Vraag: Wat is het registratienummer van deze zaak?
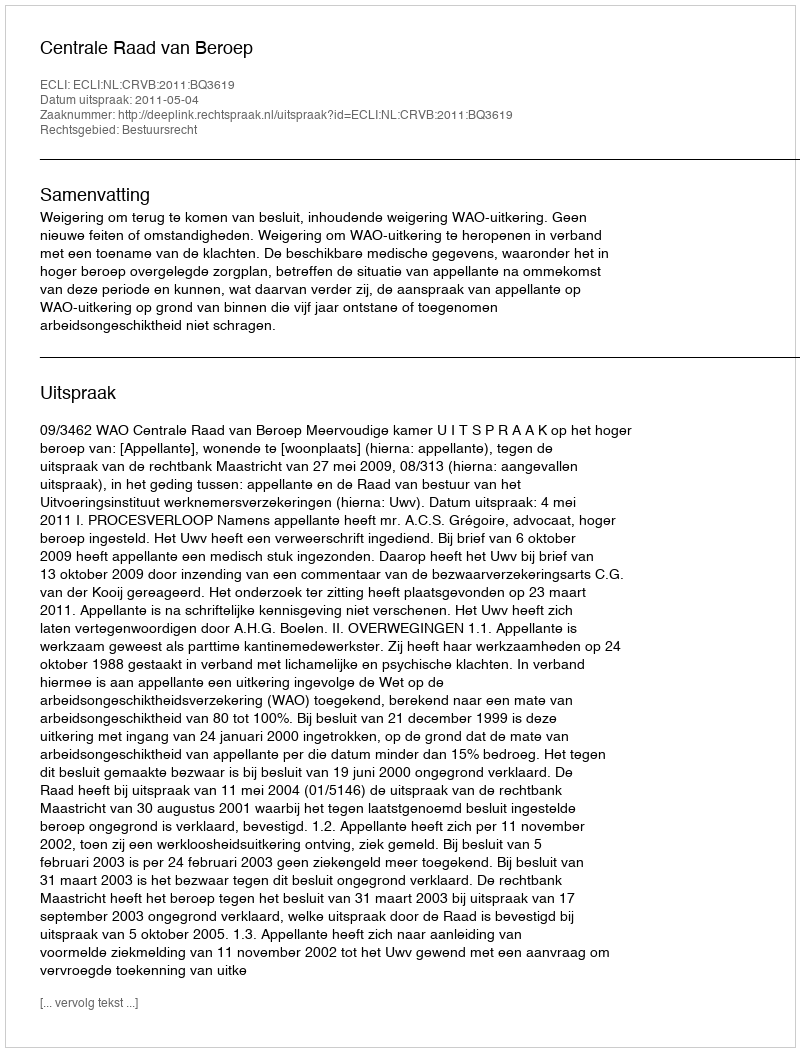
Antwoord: http://deeplink.rechtspraak.nl/uitspraak?id=ECLI:NL:CRVB:2011:BQ3619